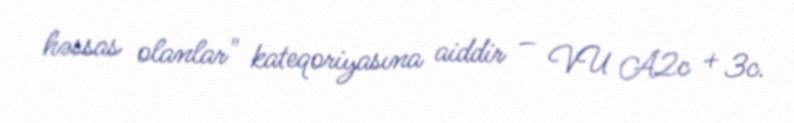
həssas olanlar" kateqoriyasına aiddir – VU A2c + 3c.